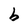
Character: d